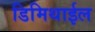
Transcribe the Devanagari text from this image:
डिमिथाईल